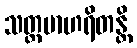
သတ္ထမာဟရိတန္တိ